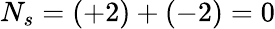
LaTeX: N_{s}=(+2)+(-2)=0